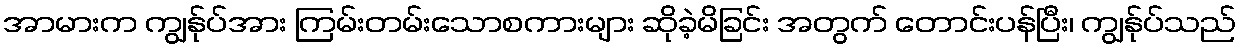
အာမားက ကျွန်ုပ်အား ကြမ်းတမ်းသောစကားများ ဆိုခဲ့မိခြင်း အတွက် တောင်းပန်ပြီး၊ ကျွန်ုပ်သည်